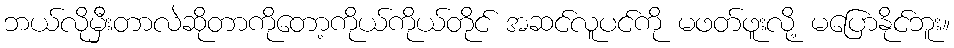
ဘယ်လိုမှီးတာလဲဆိုတာကိုတော့ကိုယ်ကိုယ်တိုင် အဆင်လူပင်ကို မဖတ်ဖူးလို့ မပြောနိုင်ဘူး။